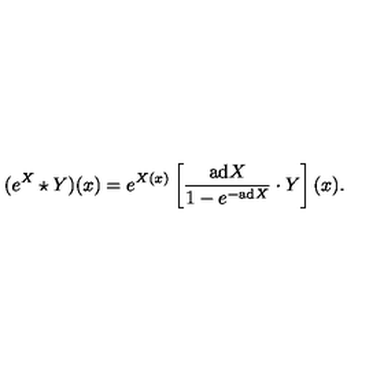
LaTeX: ( e ^ { X } \star Y ) ( x ) = e ^ { X ( x ) } \left[ { \frac { \mathrm { a d } X } { 1 - e ^ { - \mathrm { a d } X } } } \cdot Y \right] ( x ) .